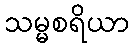
သမ္မစရိယာ